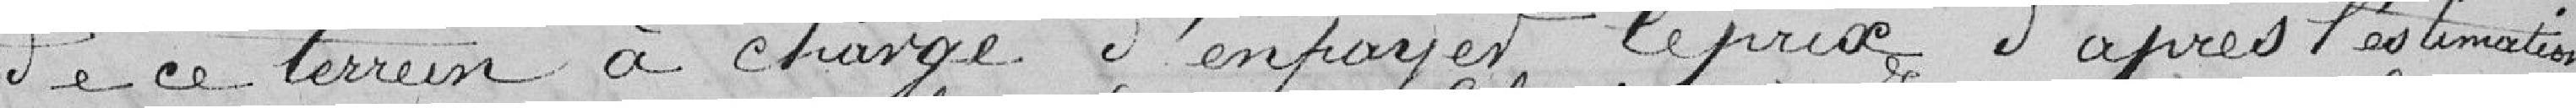
de ce terrain à charge d'en payer le prix d'après l'estimation